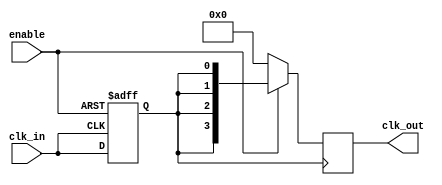
module clock_tree_buffer #(
    parameter NUM_OUTPUTS = 4 // Number of output clock signals
)(
    input wire clk_in,          // Input Clock Signal
    input wire enable,          // Enable Control Signal
    output reg [NUM_OUTPUTS-1:0] clk_out // Output Clock Signals
);

// Internal signal to hold the buffered clock
reg clk_buf;

// Buffering mechanism to amplify the clock signal
always @(posedge clk_in or negedge enable) begin
    if (!enable) begin
        clk_buf <= 1'b0; // Power down buffering when disabled
    end else begin
        clk_buf <= clk_in; // Buffer the input clock
    end
end

// Distributing the buffered clock to multiple outputs
always @(posedge clk_buf) begin
    if (enable) begin
        clk_out <= {NUM_OUTPUTS{clk_buf}}; // Drive all outputs with the buffered clock
    end else begin
        clk_out <= {NUM_OUTPUTS{1'b0}}; // Disable outputs when not enabled
    end
end

endmodule